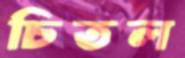
চিতল